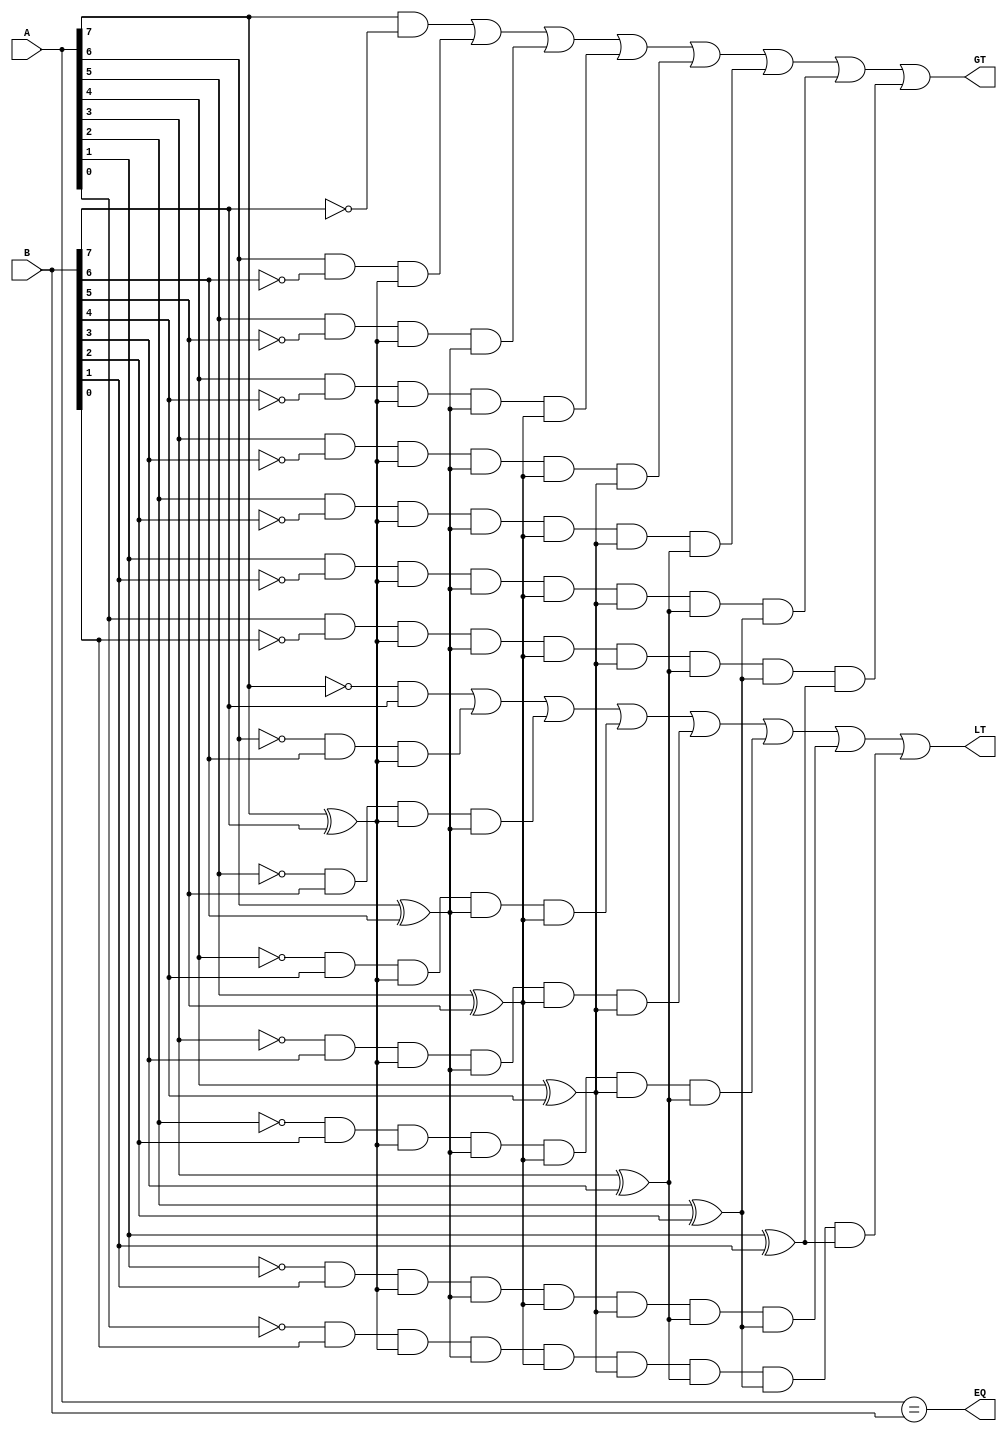
module unsigned_magnitude_comparator (
    input [7:0] A,
    input [7:0] B,
    output EQ,
    output LT,
    output GT
);

assign EQ = (A == B);
assign LT = (~A[7] & B[7]) | 
            (~A[6] & B[6] & (A[7] ^ B[7])) | 
            (~A[5] & B[5] & (A[7] ^ B[7]) & (A[6] ^ B[6])) | 
            (~A[4] & B[4] & (A[7] ^ B[7]) & (A[6] ^ B[6]) & (A[5] ^ B[5])) | 
            (~A[3] & B[3] & (A[7] ^ B[7]) & (A[6] ^ B[6]) & (A[5] ^ B[5]) & (A[4] ^ B[4])) | 
            (~A[2] & B[2] & (A[7] ^ B[7]) & (A[6] ^ B[6]) & (A[5] ^ B[5]) & (A[4] ^ B[4]) & (A[3] ^ B[3])) | 
            (~A[1] & B[1] & (A[7] ^ B[7]) & (A[6] ^ B[6]) & (A[5] ^ B[5]) & (A[4] ^ B[4]) & (A[3] ^ B[3]) & (A[2] ^ B[2])) | 
            (~A[0] & B[0] & (A[7] ^ B[7]) & (A[6] ^ B[6]) & (A[5] ^ B[5]) & (A[4] ^ B[4]) & (A[3] ^ B[3]) & (A[2] ^ B[2]) & (A[1] ^ B[1]));

assign GT = (A[7] & ~B[7]) | 
            (A[6] & ~B[6] & (A[7] ^ B[7])) | 
            (A[5] & ~B[5] & (A[7] ^ B[7]) & (A[6] ^ B[6])) | 
            (A[4] & ~B[4] & (A[7] ^ B[7]) & (A[6] ^ B[6]) & (A[5] ^ B[5])) | 
            (A[3] & ~B[3] & (A[7] ^ B[7]) & (A[6] ^ B[6]) & (A[5] ^ B[5]) & (A[4] ^ B[4])) | 
            (A[2] & ~B[2] & (A[7] ^ B[7]) & (A[6] ^ B[6]) & (A[5] ^ B[5]) & (A[4] ^ B[4]) & (A[3] ^ B[3])) | 
            (A[1] & ~B[1] & (A[7] ^ B[7]) & (A[6] ^ B[6]) & (A[5] ^ B[5]) & (A[4] ^ B[4]) & (A[3] ^ B[3]) & (A[2] ^ B[2])) | 
            (A[0] & ~B[0] & (A[7] ^ B[7]) & (A[6] ^ B[6]) & (A[5] ^ B[5]) & (A[4] ^ B[4]) & (A[3] ^ B[3]) & (A[2] ^ B[2]) & (A[1] ^ B[1]));

endmodule